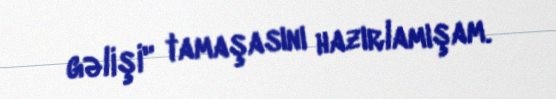
gəlişi" tamaşasını hazırlamışam.